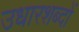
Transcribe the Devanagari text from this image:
उधारशब्दों